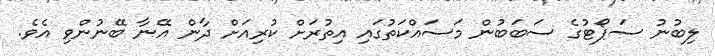
ލިބުނު ސަޕޯޓުގެ ސަބަބުން މަސައްކަތުގައި އިތުރަށް ކުރިއަށް ދާން އޭނާ ބޭނުންވި އެވެ.